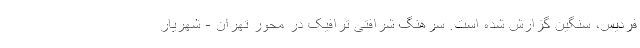
فردیس، سنگین گزارش شده است. سرهنگ شرافتی ترافیک در محور تهران - شهریار